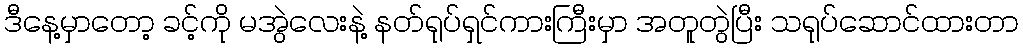
ဒီနေ့မှာတော့ ခင့်ကို မအွဲလေးနဲ့ နတ်ရုပ်ရှင်ကားကြီးမှာ အတူတွဲပြီး သရုပ်ဆောင်ထားတာ